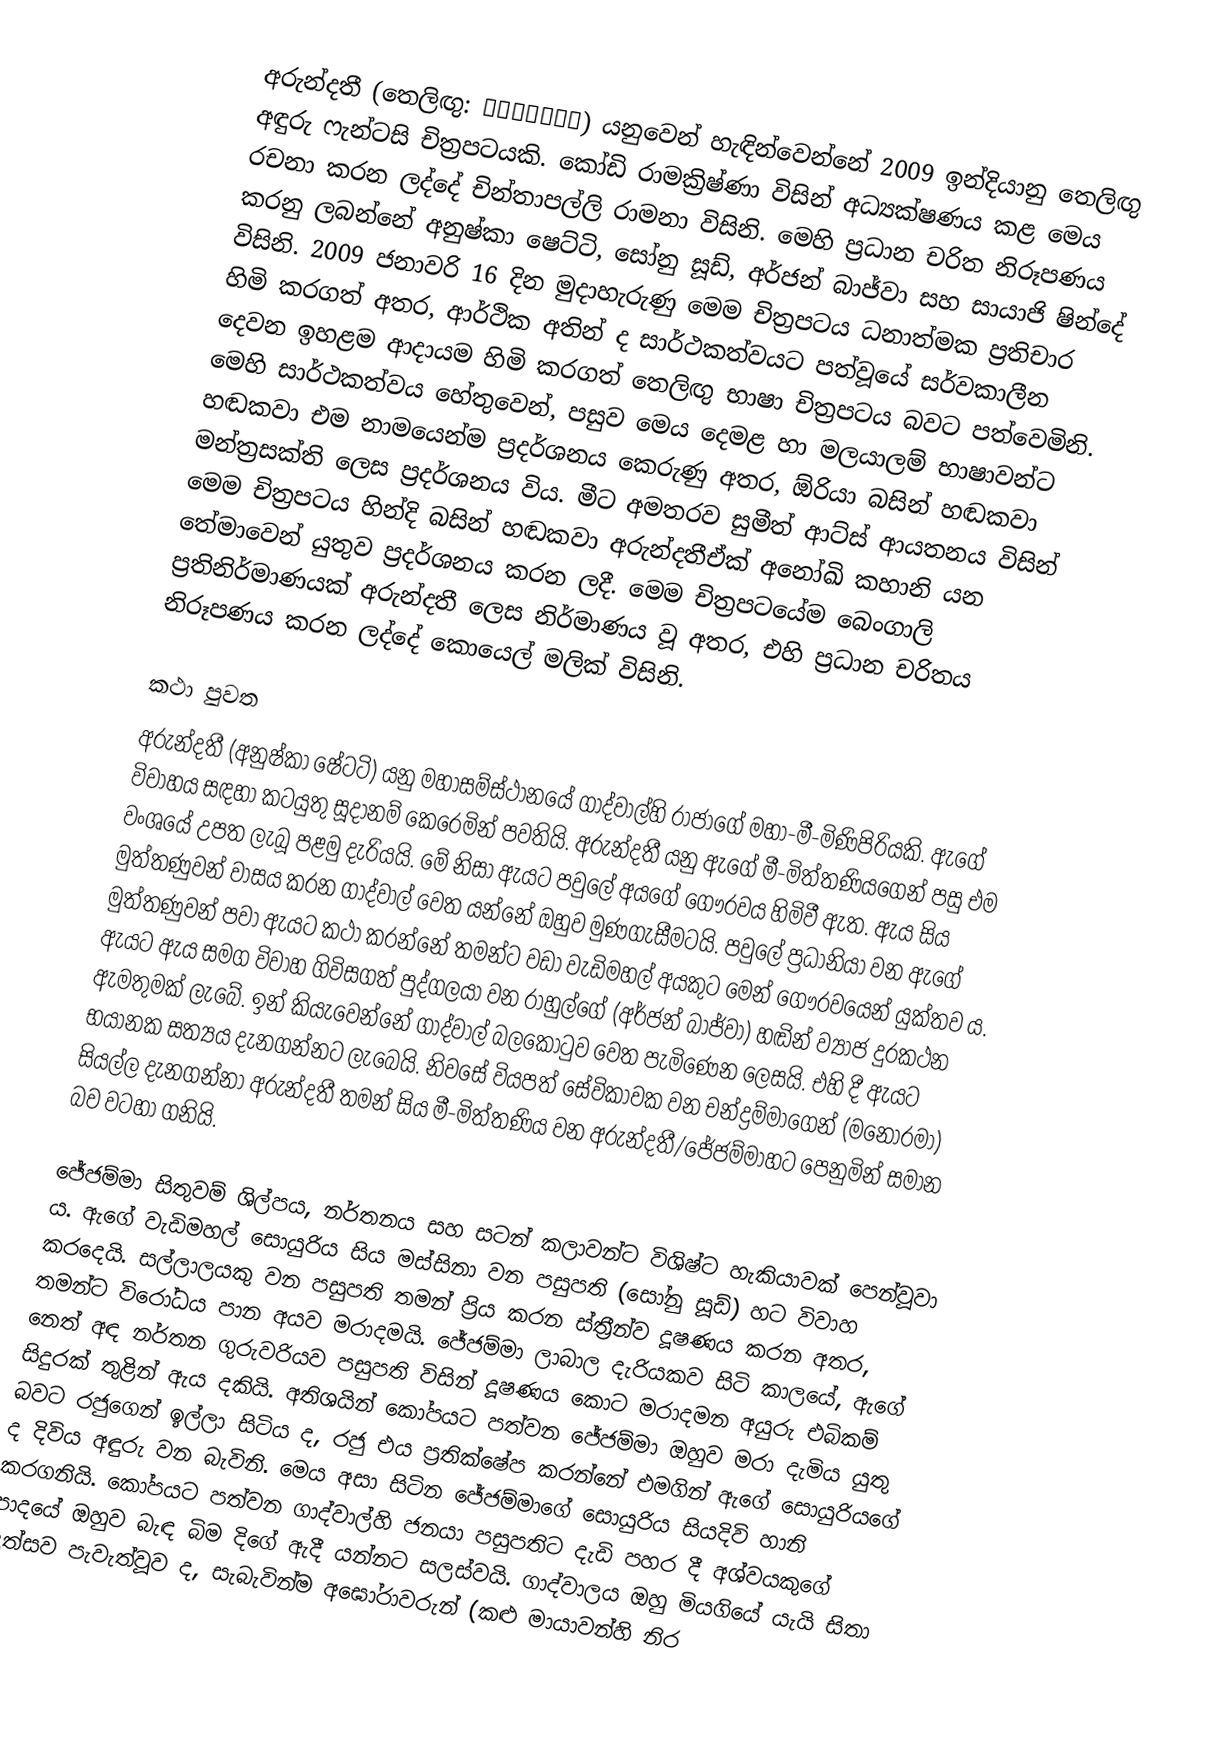
අරුන්දතී (තෙලිඟු: అరుంధతి) යනුවෙන් හැඳින්වෙන්නේ 2009 ඉන්දියානු තෙලිඟු අඳුරු ෆැන්ටසි චිත්‍රපටයකි. කෝඩි රාමක්‍රිෂ්ණා විසින් අධ්‍යක්ෂණය කළ මෙය රචනා කරන ලද්දේ චින්තාපල්ලි රාමනා විසිනි. මෙහි ප්‍රධාන චරිත නිරූපණය කරනු ලබන්නේ අනුෂ්කා ෂෙට්ටි, සෝනු සූඩ්, අර්ජන් බාජ්වා සහ සායාජි ෂින්දේ විසිනි. 2009 ජනාවරි 16 දින මුදාහැරුණු මෙම චිත්‍රපටය ධනාත්මක ප්‍රතිචාර හිමි කරගත් අතර, ආර්ථික අතින් ද සාර්ථකත්වයට පත්වූයේ සර්වකාලීන දෙවන ඉහළම ආදායම හිමි කරගත් තෙලිඟු භාෂා චිත්‍රපටය බවට පත්වෙමිනි. මෙහි සාර්ථකත්වය හේතුවෙන්, පසුව මෙය දෙමළ හා මලයාලම් භාෂාවන්ට හඬකවා එම නාමයෙන්ම ප්‍රදර්ශනය කෙරුණු අතර, ඕරියා බසින් හඬකවා මන්ත්‍රසක්ති ලෙස ප්‍රදර්ශනය විය. මීට අමතරව සුමීත් ආට්ස් ආයතනය විසින් මෙම චිත්‍රපටය හින්දි බසින් හඬකවා අරුන්දතීඒක් අනෝඛි කහානි යන තේමාවෙන් යුතුව ප්‍රදර්ශනය කරන ලදී. මෙම චිත්‍රපටයේම බෙංගාලි ප්‍රතිනිර්මාණයක් අරුන්දතී ලෙස නිර්මාණය වූ අතර, එහි ප්‍රධාන චරිතය නිරූපණය කරන ලද්දේ කොයෙල් මලික් විසිනි.

කථා පුවත
අරුන්දතී (අනුෂ්කා ෂේටටි) යනු මහාසම්ස්ථානයේ ගාද්වාල්හි රාජාගේ මහා-මී-මිණිපිරියකි. ඇගේ විවාහය සඳහා කටයුතු සූදානම් කෙරෙමින් පවතියි. අරුන්දතී යනු ඇගේ මී-මිත්තණියගෙන් පසු එම වංශයේ උපත ලැබූ පළමු දැරියයි. මේ නිසා ඇයට පවුලේ අයගේ ගෞරවය හිමිවී ඇත. ඇය සිය මුත්තණුවන් වාසය කරන ගාද්වාල් වෙත යන්නේ ඔහුව මුණගැසීමටයි. පවුලේ ප්‍රධානියා වන ඇගේ මුත්තණුවන් පවා ඇයට කථා කරන්නේ තමන්ට වඩා වැඩිමහල් අයකුට මෙන් ගෞරවයෙන් යුක්තව ය‍. ඇයට ඇය සමග විවාහ ගිවිසගත් පුද්ගලයා වන රාහුල්ගේ (අර්ජන් බාජ්වා) හඬින් ව්‍යාජ දුරකථන ඇමතුමක් ලැබේ. ඉන් කියැවෙන්නේ ගාද්වාල් බලකොටුව වෙත පැමිණෙන ලෙසයි. එහි දී ඇයට භයානක සත්‍යය දැනගන්නට ලැබෙයි. නිවසේ වියපත් සේවිකාවක වන චන්ද්‍රම්මාගෙන් (මනෝරමා) සියල්ල දැනගන්නා අරුන්දතී තමන් සිය මී-මිත්තණිය වන අරුන්දතී/ජේජම්මාහට පෙනුමින් සමාන බව වටහා ගනියි.

ජේජම්මා සිතුවම් ශිල්පය, නර්තනය සහ සටන් කලාවන්ට විශිෂ්ට හැකියාවක් පෙන්වූවා ය. ඇගේ වැඩිමහල් සොයුරිය සිය මස්සිනා වන පසුපති (සෝනු සූඩ්) හට විවාහ කරදෙයි. සල්ලාලයකු වන පසුපති තමන් ප්‍රිය කරන ස්ත්‍රීන්ව දූෂණය කරන අතර, තමන්ට විරෝධය පාන අයව මරාදමයි. ජේජම්මා ලාබාල දැරියකව සිටි කාලයේ, ඇගේ නෙත් අඳ නර්තන ගුරුවරියව පසුපති විසින් දූෂණය කොට මරාදමන අයුරු එබිකම් සිදුරක් තුළින් ඇය දකියි. අතිශයින් කෝපයට පත්වන ජේජම්මා ඔහුව මරා දැමිය යුතු බවට රජුගෙන් ඉල්ලා සිටිය ද, රජු එය ප්‍රතික්ෂේප කරන්නේ එමගින් ඇගේ සොයුරියගේ ද දිවිය අඳුරු වන බැවිනි. මෙය අසා සිටින ජේජම්මාගේ සොයුරිය සියදිවි හානි කරගනියි. කෝපයට පත්වන ගාද්වාල්හි ජනයා පසුපතිට දැඩි පහර දී අශ්වයකුගේ පාදයේ ඔහුව බැඳ බිම දිගේ ඇදී යන්නට සලස්වයි. ගාද්වාලය ඔහු මියගියේ යැයි සිතා උත්සව පැවැත්වූව ද, සැබැවින්ම අඝෝරාවරුන් (කළු මායාවන්හි නිර